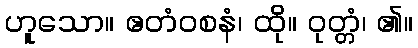
ဟူသော။ ဧတံဝစနံ၊ ထို။ ဝုတ္တံ၊ ၏။